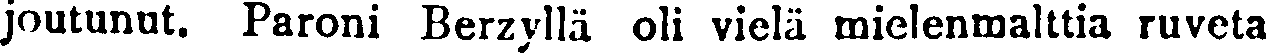
joutunut. Paroni Berzyllä oli vielä mielenmalttia ruveta